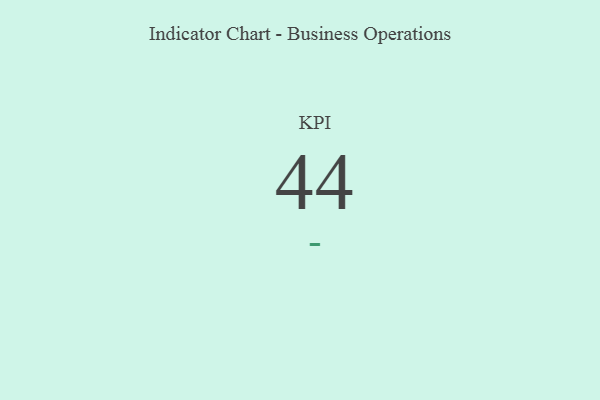
{"axis": {"x": "KPI", "y": "Value"}, "legend": [""], "data": [{"x": "KPI", "y": 44, "type": ""}]}